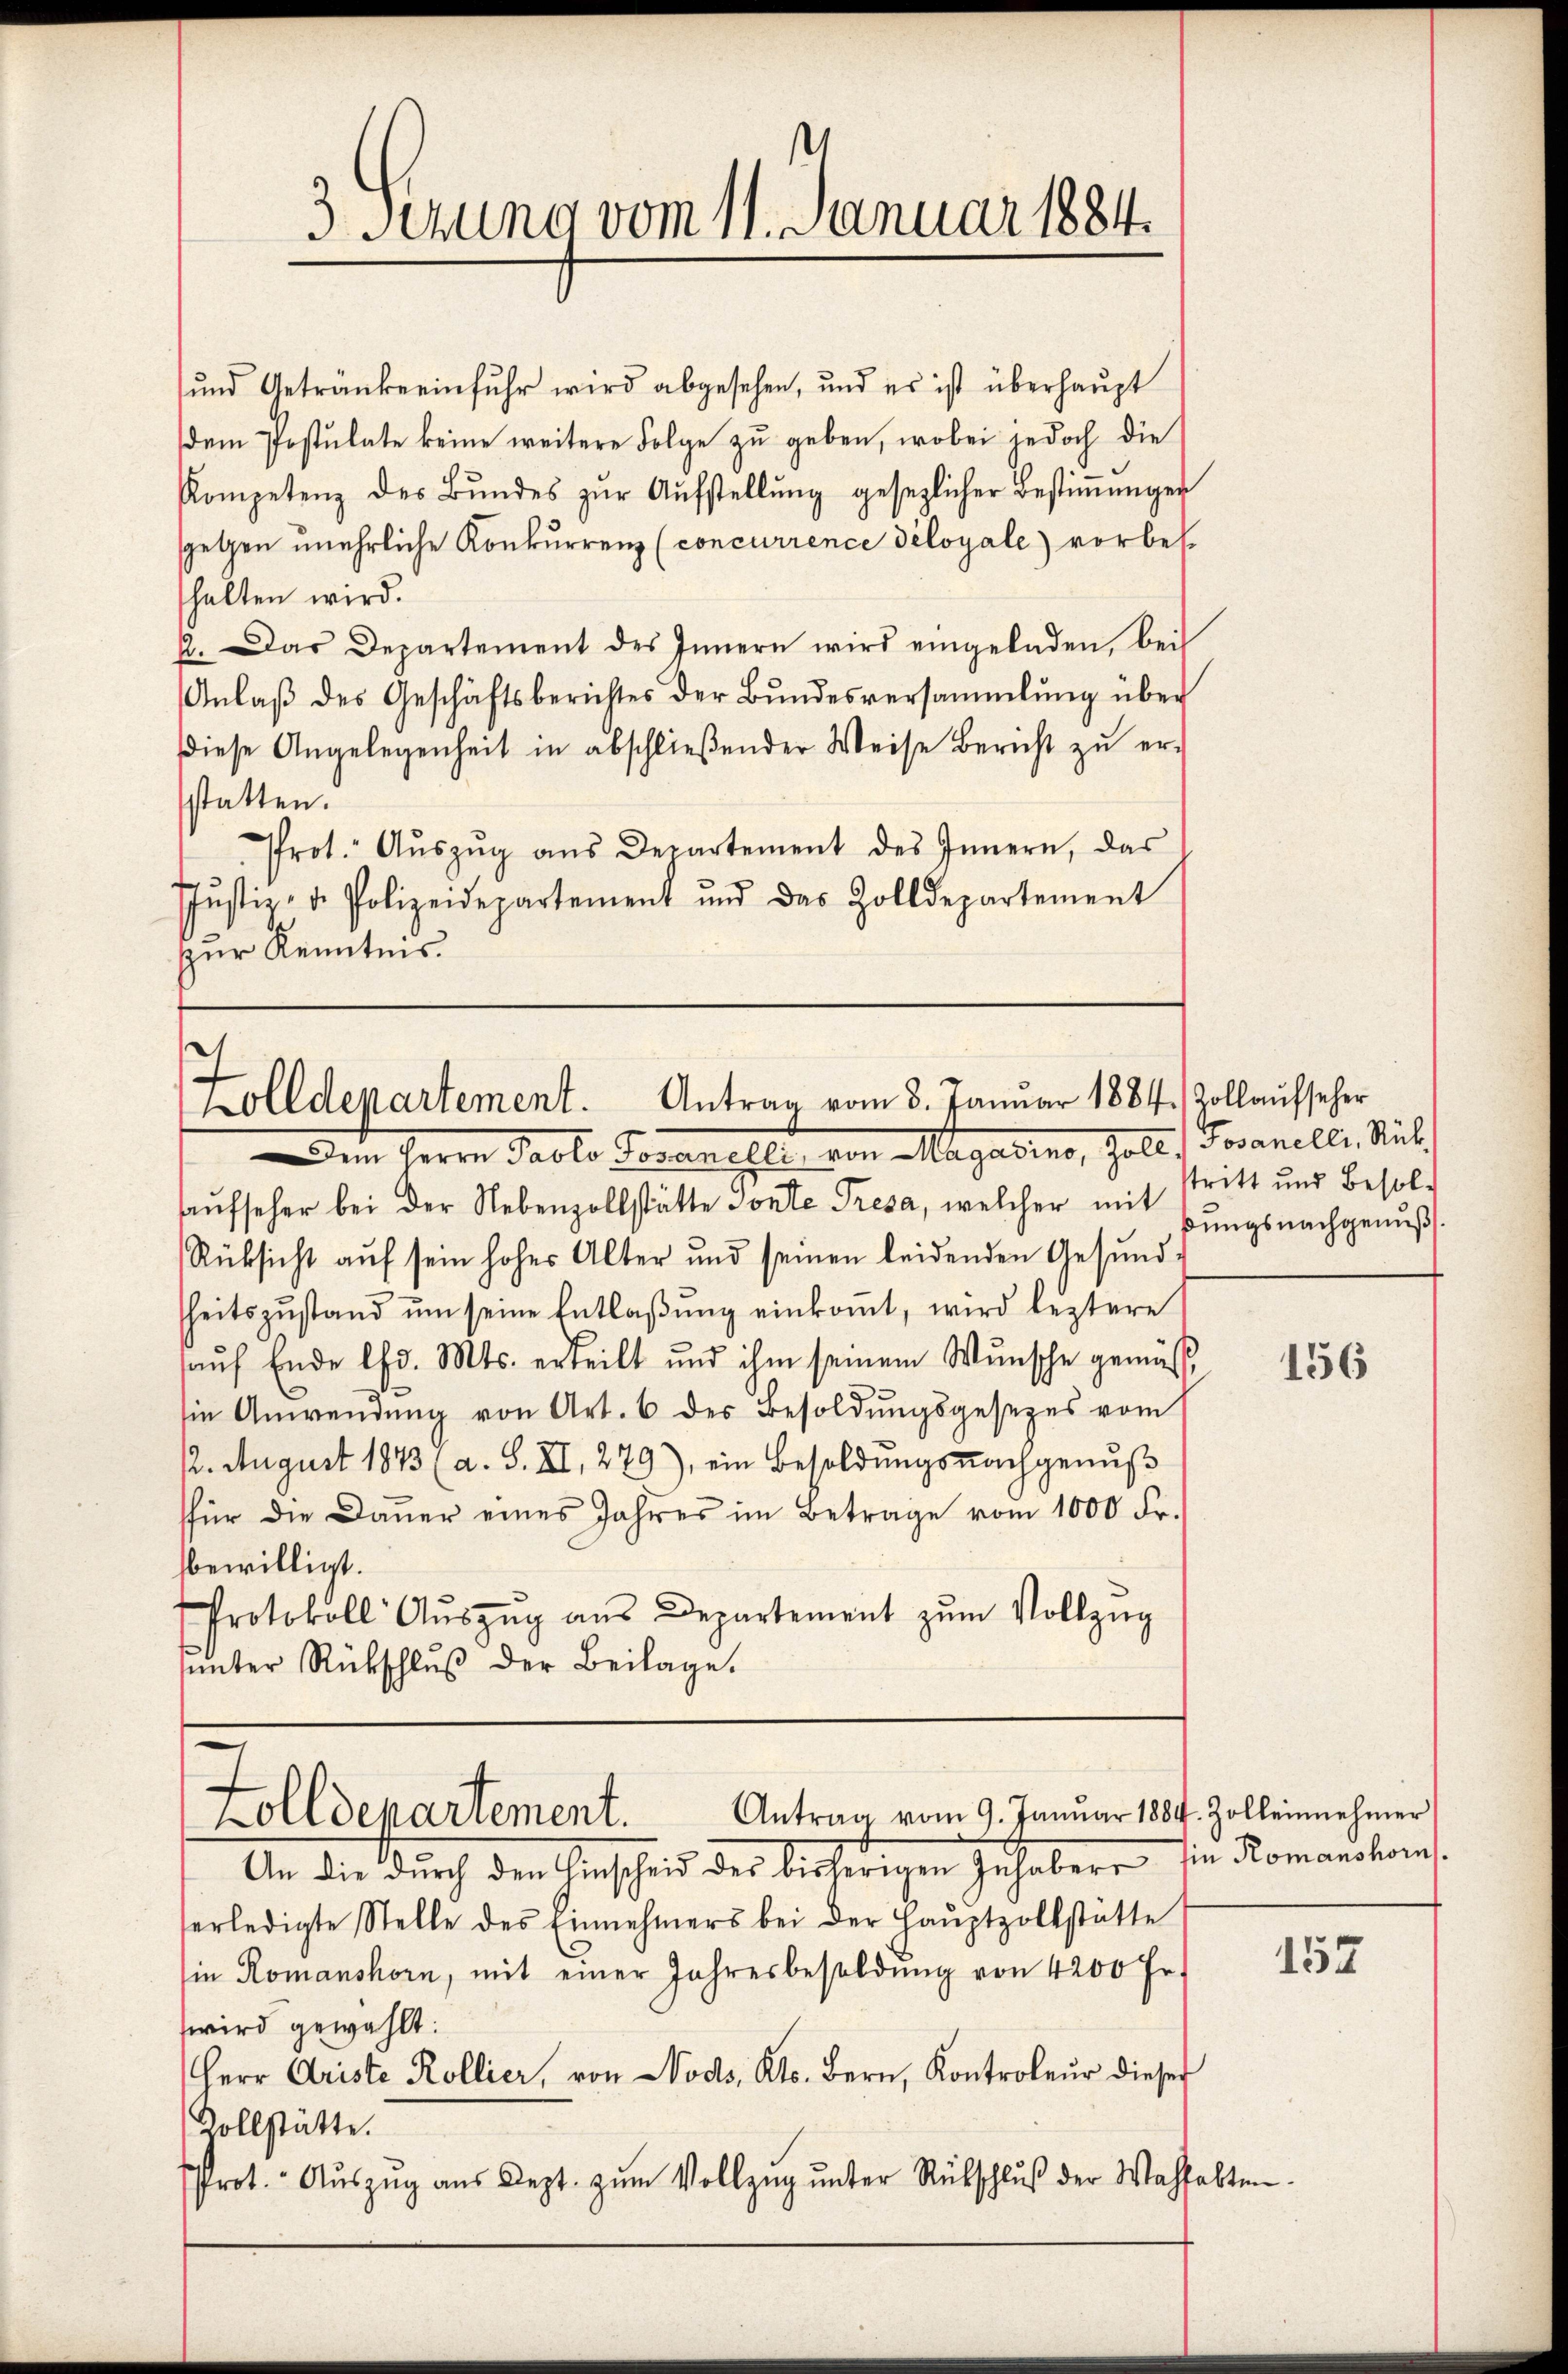
3. Serung vom 11. Januar 1884.

ŭnd Getränke einfuhr wird abgesehen, und es ist überhaŭpt
dem Postulate keine weitere Folge zu geben, wobei jedoch die
Kompetenz des Bŭndes zŭr Aŭfstellŭng gesezlicher Bestiṁŭngen
speten unehrliche Konkurrenz (concurrence déloyale) vorbeshalten wird.
A. Das Departement des Innern wird eingeladen, bei
Anlaβ des Geschäftsberichtes der Bŭndesversammlung über
diese Angelegenheit in abschlieβender Weise Bericht zŭ er-
statten.
Prot. Aŭszŭg ans Departement des Innern, das
Jŭstiz- u. Polizeidepartement und des Zolldepartement
zur Kenntnis.

olldepartement. Antrag vom 3. Januar 1884. Zollaufseher

Dem Herrn Pacto Vorangsei von Magarine, Zoll, Jovanel, Stil,
Aufseher bei der Nebenzollstätte sonte Presa, welcher mit
Rücksicht auf sein hohes Alter und seinen leidenden Gesund-
heitszŭstand ŭm seine Entlaβŭng einkoṁt, wird leztere
aŭf Ende lfd. Mts. erteilt und ihm seinem Wunsche gemäβ
sin Anwendŭng von Art. 6 des Besoldŭngsgesezes vom
12. August 1873 (a. S. XI, 279), ein Besoldŭngsnachgenŭβ
für die Daŭer eines Jahres im Betrage vom 1000 Fr.
bewilligt.
Protokoll Aŭszŭg aŭs Departement zŭm Vollzŭg
ŭnter Rückschlŭβ der Beilage.

Zolldepartement. Antrag vom 9. Januar 1884. Zolleinnehmer

stritt und Besoldungs nachgenuß

An die durch den Einscheid der bisherigen Inhaber sie Romanshorns
erledigte Stelle des Einnehmers bei der Haŭptzollstätte
in Romanshorn, mit einer Jahresbesoldŭng von 4200 Fr.
wird gewählt:
Herr Ariste Kollier, von Nods, Kts. Bern, Kontroleur dieser
Zollstätte.
Prot. Aŭszŭg aŭs Dept. zŭm Vollzŭg ŭnter Rückschlŭβ der Wahlakten

156

152